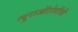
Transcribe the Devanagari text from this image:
न्यूराऑटोलॉजी